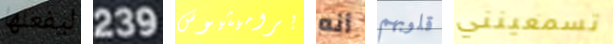
ليفعلها 239 بروميثيوس أنه قلوبهم تسمعينني